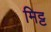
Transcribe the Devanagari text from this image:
मिट्ट